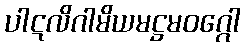
ပါဋလိဂါမိယမဋ္ဌမဝဂ္ဂေါ